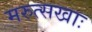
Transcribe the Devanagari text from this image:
मरुत्सखाः